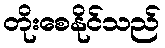
တိုးစေနိုင်သည်